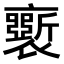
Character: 𧞗